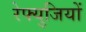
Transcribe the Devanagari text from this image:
रेफ्युजियों